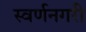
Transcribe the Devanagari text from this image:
स्‍वर्णनगरी